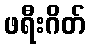
ဖရီးဂိတ်